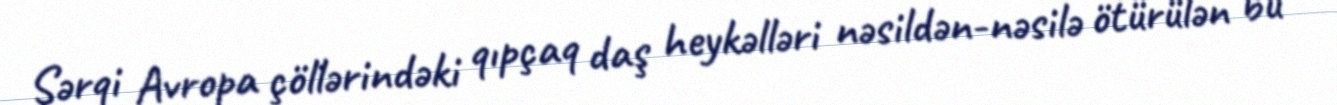
Şərqi Avropa çöllərindəki qıpçaq daş heykəlləri nəsildən-nəsilə ötürülən bu